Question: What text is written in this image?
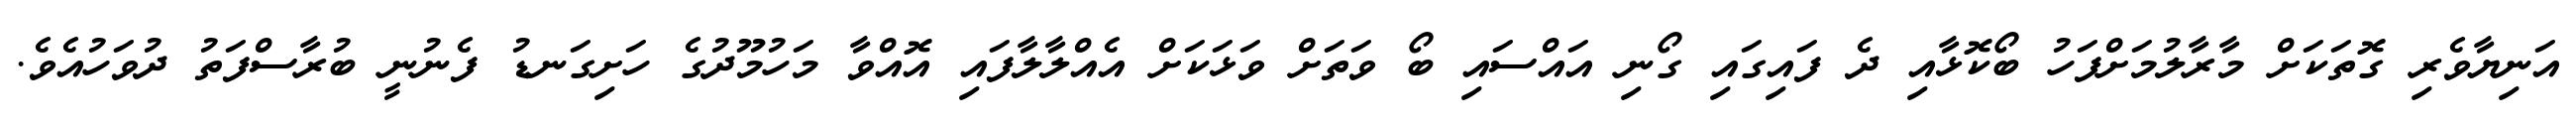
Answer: އަނިޔާވެރި ގޮތަކަށް މާރާލުމަށްފަހު ބޯކޮޅާއި ދެ ފައިގައި ގޯނި އައްސައި ބޯ ވަތަށް ވަޅަކަށް އެއްލާލާފައި އޮއްވާ މަހުމޫދުގެ ހަށިގަނޑު ފެނުނީ ބުރާސްފަތު ދުވަހުއެވެ.